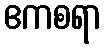
ဧကစရာ